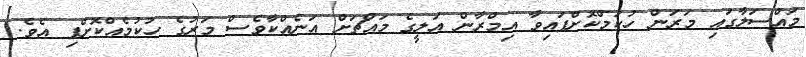
މައްސަލާގައި މަރަން ހުކުމްކޮށްފައިވާ އިމްރާން އަލީގެ މައްޗަށް އަނެއްކާވެސް މަރުގެ ހުކުމެއްކޮށްފި އެވެ.